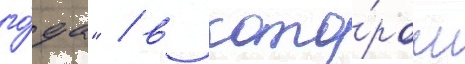
го́да" / в кото́ром